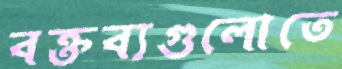
বক্তব্যগুলোতে